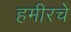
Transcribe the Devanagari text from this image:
हमीरचे